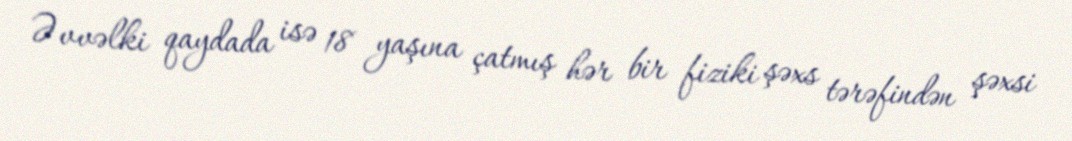
Əvvəlki qaydada isə 18 yaşına çatmış hər bir fiziki şəxs tərəfindən şəxsi